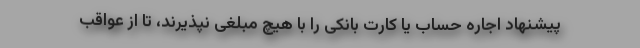
پیشنهاد اجاره حساب یا کارت بانکی را با هیچ مبلغی نپذیرند، تا از عواقب